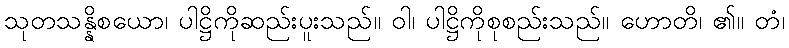
သုတသန္နိစယော၊ ပါဋ္ဌိကိုဆည်းပူးသည်။ ဝါ၊ ပါဋ္ဌိကိုစုစည်းသည်။ ဟောတိ၊ ၏။ တံ၊